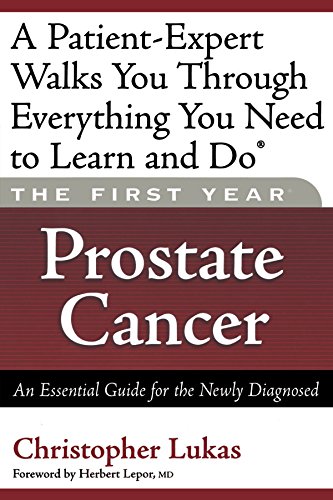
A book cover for The First Year: Prostate Cancer: An Essential Guide for the Newly Diagnosed; Christopher Lukas; Health, Fitness & Dieting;